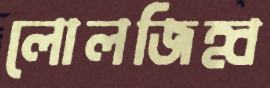
লোলজিহ্ব